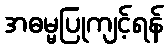
အဓမ္မပြုကျင့်ရန်